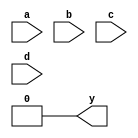
/* Generated by Yosys 0.7 (git sha1 61f6811, gcc 6.2.0-11ubuntu1 -O2 -fdebug-prefix-map=/build/yosys-OIL3SR/yosys-0.7=. -fstack-protector-strong -fPIC -Os) */

module multiple_module_opt2(a, b, c, d, y);
  wire _0_;
  wire _1_;
  wire _2_;
  wire _3_;
  wire _4_;
  wire \U1.y ;
  wire \U2.y ;
  wire \U3.y ;
  input a;
  input b;
  input c;
  input d;
  output y;
  assign _4_ = 1'b0;
  assign _0_ = a;
  assign _1_ = c;
  assign _2_ = b;
  assign _3_ = d;
  assign y = _4_;
endmodule